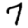
Digit: 7